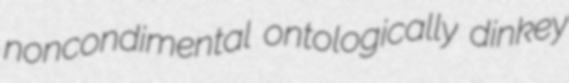
noncondimental ontologically dinkey